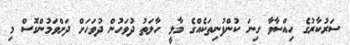
ސަރުކާރުގެ ހިއްސާވާ ގިނަ ކުންފުނިތަކެއްގެ މާލީ ހާލަތު ދުވަހުން ދުވަހަށް ދަށްވަމުންގޮސް މި